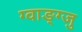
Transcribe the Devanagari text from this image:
ग्वाङ्ग्जु